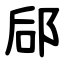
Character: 郈